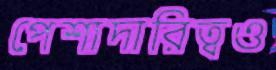
পেশাদারিত্বও